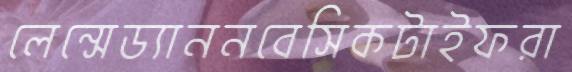
লেন্সেড্যাননবেসিকটাইফরা